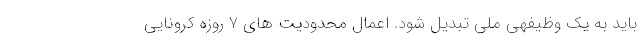
باید به یک وظیفهی ملی تبدیل شود. اعمال محدودیت های 7 روزه کرونایی